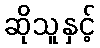
ဆိုသူနှင့်